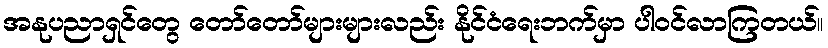
အနုပညာရှင်တွေ တော်တော်များများလည်း နိုင်ငံရေးဘက်မှာ ပါဝင်လာကြတယ်။